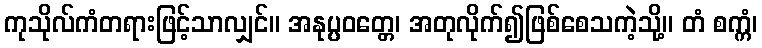
ကုသိုလ်ကံတရားဖြင့်သာလျှင်။ အနုပ္ပဝတ္တေ၊ အတုလိုက်၍ဖြစ်စေသကဲ့သို့။ တံ စက္ကံ၊